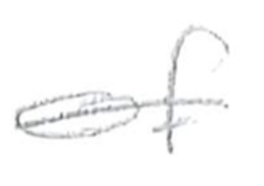
Text: of
Cross-out: single-line
Writing tool: pencil